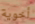
أخوية